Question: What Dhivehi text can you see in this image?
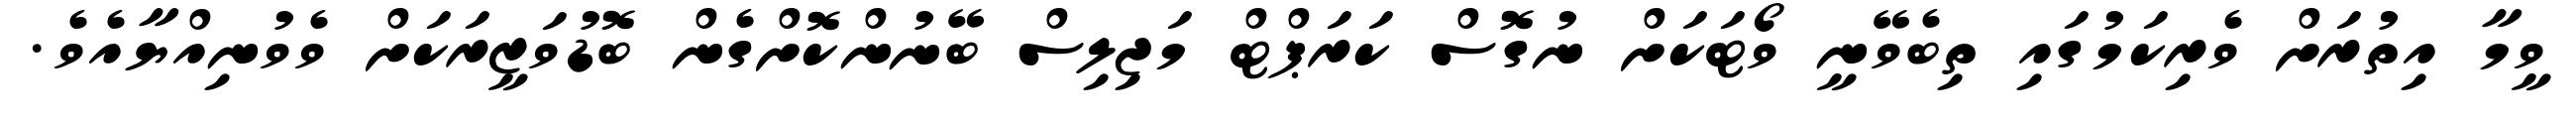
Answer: ވީމާ އިތުރަށް ވެރިކަމުގައި ތިބެވޭނީ ވޯޓަކަށް ނުގޮސް ކަރަޕްޓް މަޖިލިސް ބޭނުންކޮށްގެން ބޮޑުވަޒީރަކަށް ވެވުނިއްޔާއެވެ.